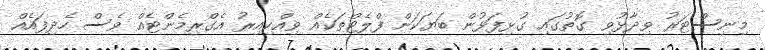
މިނިސްޓަރު ވިދާޅުވި ގޮތުގައި ގުޅިފަޅުން ބަޔަކަށް ފްލެޓްތަކެއް ވިއްކިއިރު އެގްރިމެންޓެއް ވެސް ހެދިފައެއް